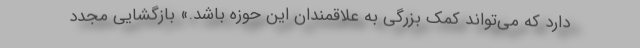
دارد که می‌تواند کمک بزرگی به علاقمندان این حوزه باشد.» بازگشایی مجدد